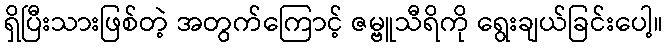
ရှိပြီးသားဖြစ်တဲ့ အတွက်ကြောင့် ဇမ္ဗူသီရိကို ရွေးချယ်ခြင်းပေါ့။